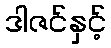
ဒါဇင်နှင့်